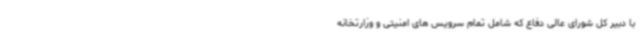
با دبیر کل شورای عالی دفاع که شامل تمام سرویس های امنیتی و وزارتخانه